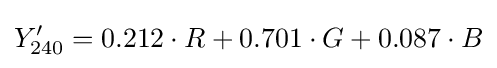
Y'_{\text{240}}=0.212\cdot R+0.701\cdot G+0.087\cdot B